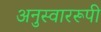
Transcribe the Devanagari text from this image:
अनुस्वाररूपी